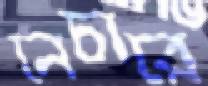
নেচারে